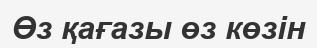
Өз қағазы өз көзін